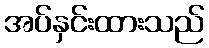
အပ်နှင်းထားသည်